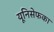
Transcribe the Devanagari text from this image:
यूनिसेफका